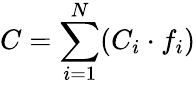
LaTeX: C=\sum_{i=1}^{N}(C_{i}\cdot f_{i})